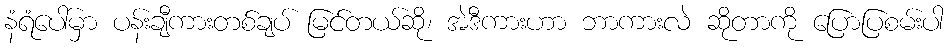
နံရံပေါ်မှာ ပန်းချီကားတစ်ချပ် မြင်တယ်ဆို၊ အဲဒီကားဟာ ဘာကားလဲ ဆိုတာကို ပြောပြစမ်းပါ